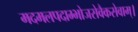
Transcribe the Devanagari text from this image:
मदमलपदाम्भोजसेवैकसेवाम्।